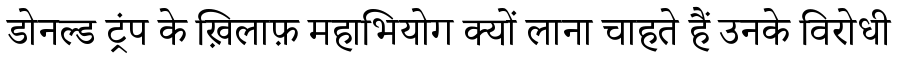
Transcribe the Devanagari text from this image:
डोनल्ड ट्रंप के ख़िलाफ़ महाभियोग क्यों लाना चाहते हैं उनके विरोधी